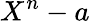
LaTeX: X^{n}-a